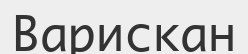
Варискан